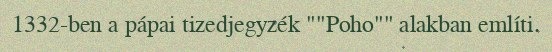
1332-ben a pápai tizedjegyzék ""Poho"" alakban említi.